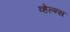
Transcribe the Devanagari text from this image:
व्हेल्न्स